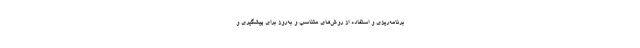
برنامه‌ریزی و استفاده از روش‌های متناسب و به‌روز برای ‌پیشگیری و